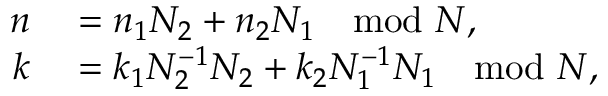
\begin{array} { r l } { n } & { { } = n _ { 1 } N _ { 2 } + n _ { 2 } N _ { 1 } \mod N , } \\ { k } & { { } = k _ { 1 } N _ { 2 } ^ { - 1 } N _ { 2 } + k _ { 2 } N _ { 1 } ^ { - 1 } N _ { 1 } \mod N , } \end{array}